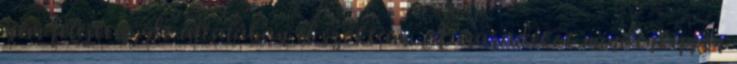
nem felejtem, de általában el szoktam. A maradékot mindenképpen